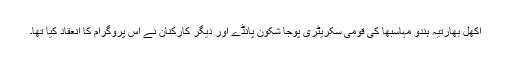
اکھل بھارتیہ ہندو مہاسبھا کی قومی سکریٹری پوجا شکون پانڈے اور دیگر کارکنان نے اس پروگرام کا انعقاد کیا تھا۔